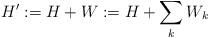
LaTeX: \begin{align*} H':=H + W := H +\sum_k W_k\end{align*}